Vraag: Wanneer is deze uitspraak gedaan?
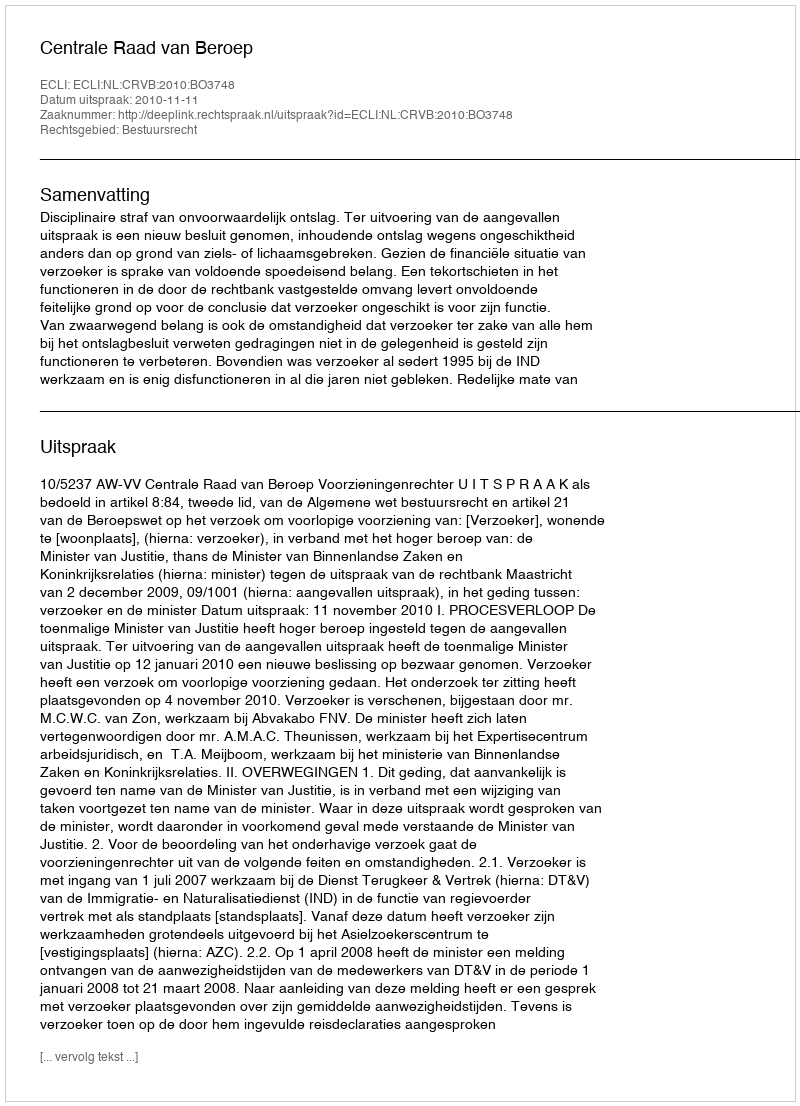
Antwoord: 2010-11-11